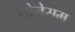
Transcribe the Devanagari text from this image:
लोनेसम